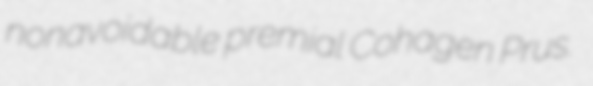
nonavoidable premial Cohagen Prus.